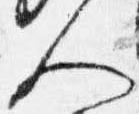
人